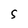
Character: S